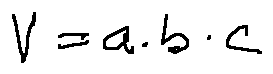
v = a \cdot b \cdot c